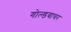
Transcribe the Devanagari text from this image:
गोल्डबाचर